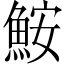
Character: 鮟